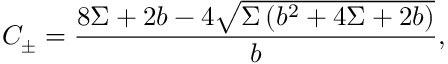
C _ { \pm } = \frac { 8 \Sigma + 2 b - 4 \sqrt { \Sigma \left( b ^ { 2 } + 4 \Sigma + 2 b \right) } } { b } ,